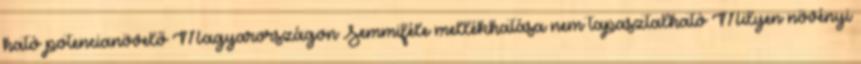
ható potencianövelő Magyarországon Semmiféle mellékhatása nem tapasztalható Milyen növényi